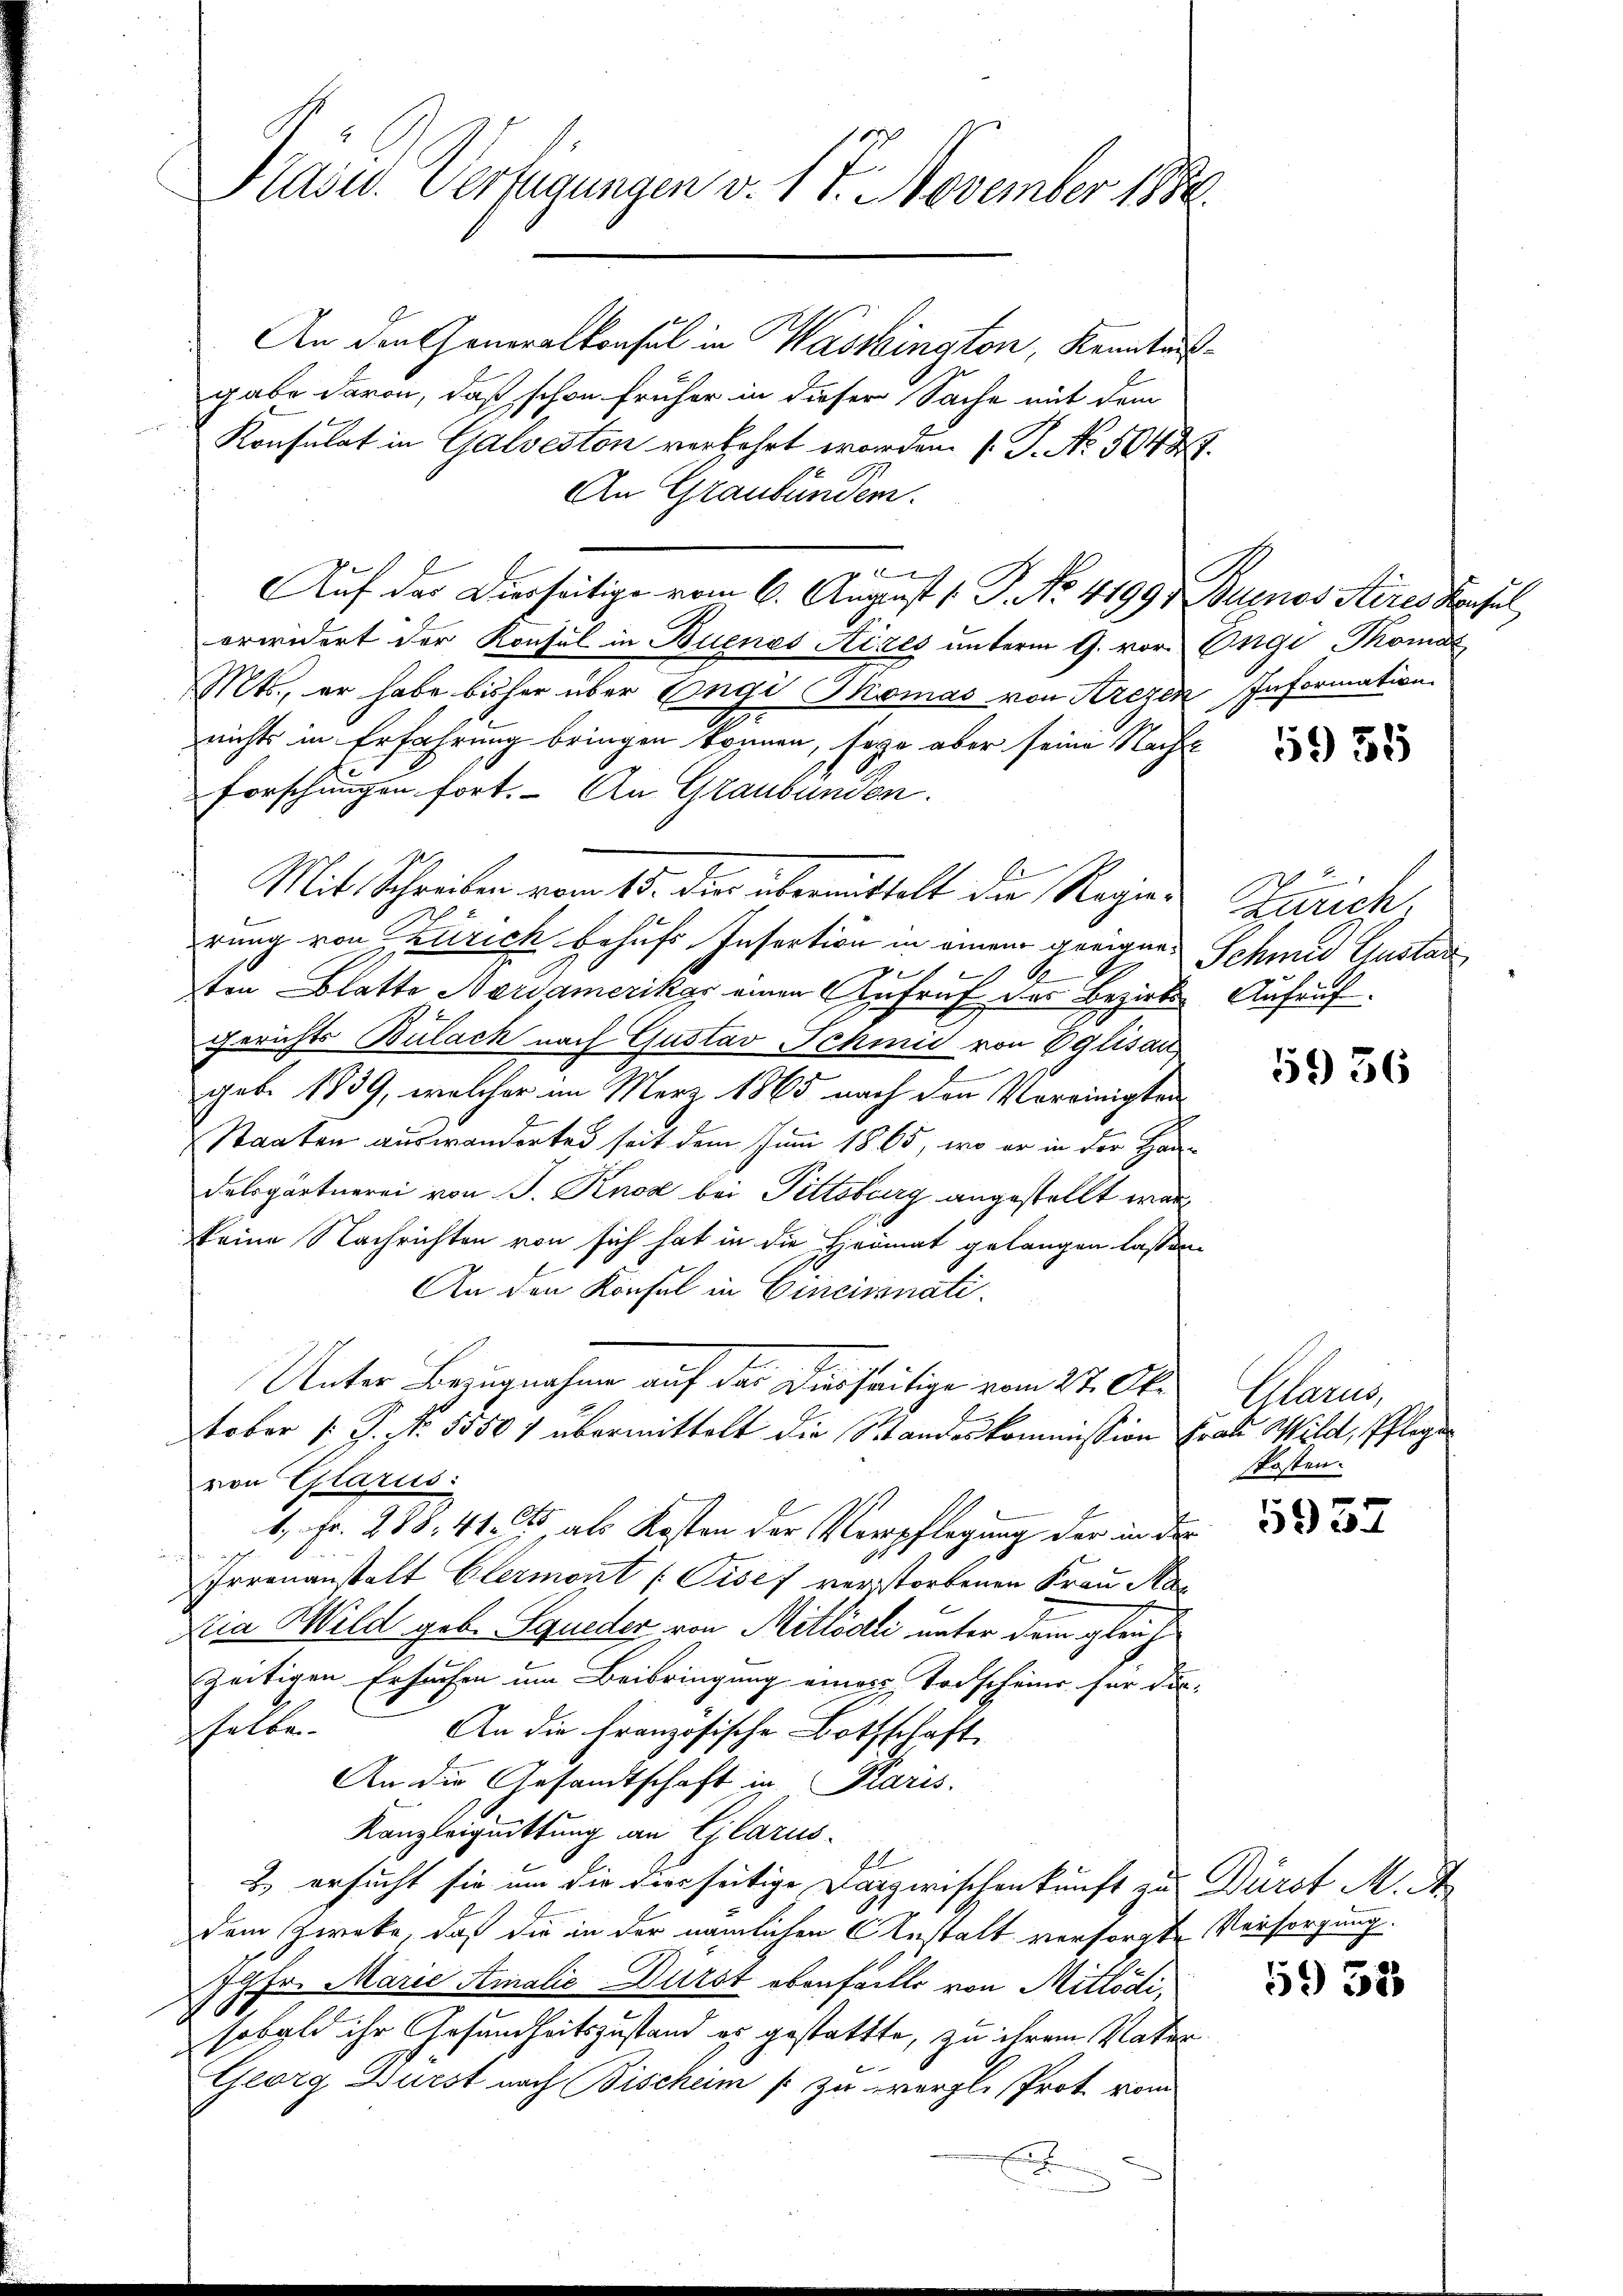
Präsid. Verfügungen v. 17. November 1889.

An den Generalkonsul in Wassington, Kenntnis
gabe davon, daß schon früher in dieser Sache mit dem
Konsulat in Galveston verkehrt worden 1. J. No. 5048.
An Graubünden.
)
Auf der Dierseitige vom 6. August /: P. No. 4199, Buenos Aires Konsul
orwidert der Konsul in Buenos Aizes unterm 9. vor Engi Thoma
Mts., er habe bisher über Engi Thomas von Krezen Information
nichts in Erfahrung bringen können, sage aber seine Nacht
Forschungen fort. An Graubünden.
Mit Schreiben vom 15. die übermittelt die Regier Zürichrung von Zürich behufs Insertion in einem geeigen Schmid Gustan
ton Blatte Nordamerikar einen Aufruf des Bezirks- Aufruf
Gerichts Bülach nach Gustav Schmid von Eglisau
1
geb. 1839, welcher im März 1865 nach den Vereinigten
 Staaten auswanderten seit dem Juni 1865, wo er in der Han¬
Felsgärtnerei von J. Knod bei Pittsburg angestellt war
keine Nachrichten von sich hat in die Heimat gelangen lassen.
An den Konsul in Cincinati
Unter Bezugnahme auf das Disseitige vom 27. Ok
tober 1. P. Nr. 55507 übermittelt die Standeskommission Frau Wild, Pflegen
von Glarus
4 Fr. 288, 412 als Kosten der Verpflegung der in der
Irrenanstalt Clermont (Gisef verstorbenen Frau Mar
Dia Wild geb. Squeder von Mitlödli unter dem gleich
zeitigen Ersuchen um Beibringung eines Todscheine für das
selbe
An die Französische Bothschaft
An die Gesandtschaft in Paris.
Kanzleiquittung an Glarus
1
2) ersucht sie um die diesseitige Dazwischenkunft zu Dürst M. A
dem Zwecke, daß die in der nämlichen Anstalt versorgte Versorgung.
7fr. Marie Amalić Dürst ebenfällte von Mitlödi,
sobald ihr Gesundheitszustand es gestattte, zu ihrem Vater
Georg Dürst nach Bischeim   zu vergl. Prot vom

15951

5936

Glarus,
skosten.

5937

1932